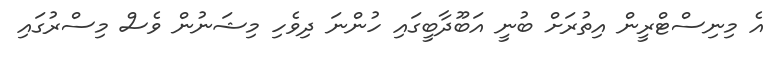
އެ މިނިސްޓްރީން އިތުރަށް ބުނީ އަބޫދާބީގައި ހުންނަ ދިވެހި މިޝަނުން ވެސް މިސްރުގައި